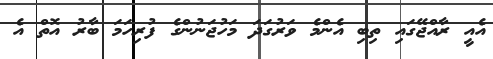
އެއީ ރާއްޖޭގައި ތިބި އެންމެ ވަރުގަދަ މަހުޖަނުންގެ ފުރިހަމަ ބާރު އޮތް އެ